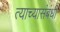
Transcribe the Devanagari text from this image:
त्याच्यासंबंधी